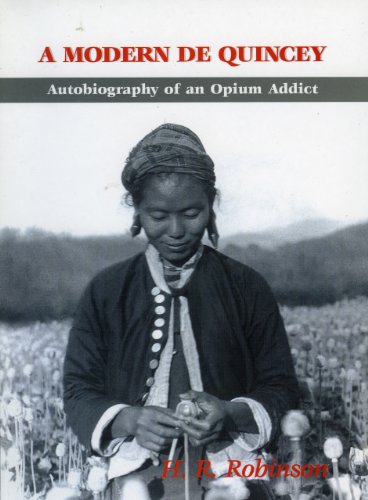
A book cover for Modern De Quincey: Autobio. of an Opium...; H. R. Robinson; Travel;